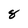
Character: 8